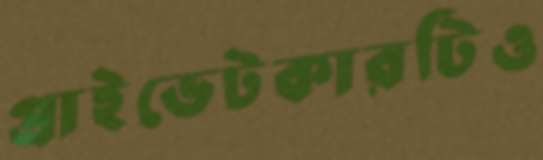
প্রাইভেটকারটিও